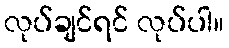
လုပ်ချင်ရင် လုပ်ပါ။